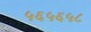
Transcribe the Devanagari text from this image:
५६५६५८